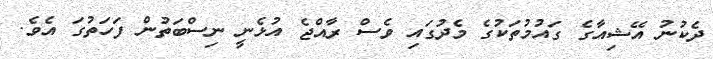
ދެކުނު އޭޝިއާގެ ގައުމުތަކުގެ މެދުގައި ވެސް ރާއްޖެ އުޅެނީ ނިސްބަތުން ފަހަތުގަ އެވެ.